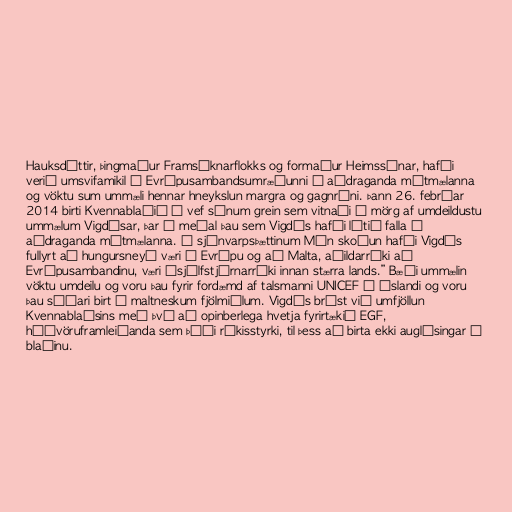
Hauksdóttir, þingmaður Framsóknarflokks og formaður Heimssýnar, hafði
verið umsvifamikil í Evrópusambandsumræðunni í aðdraganda mótmælanna
og vöktu sum ummæli hennar hneykslun margra og gagnrýni. Þann 26. febrúar
2014 birti Kvennablaðið á vef sínum grein sem vitnaði í mörg af umdeildustu
ummælum Vigdísar, þar á meðal þau sem Vigdís hafði látið falla í
aðdraganda mótmælanna. Í sjónvarpsþættinum Mín skoðun hafði Vigdís
fullyrt að hungursneyð væri í Evrópu og að Malta, aðildarríki að
Evrópusambandinu, væri „sjálfstjórnarríki innan stærra lands.” Bæði ummælin
vöktu umdeilu og voru þau fyrir fordæmd af talsmanni UNICEF á Íslandi og voru
þau síðari birt í maltneskum fjölmiðlum. Vigdís brást við umfjöllun
Kvennablaðsins með því að opinberlega hvetja fyrirtækið EGF,
húðvöruframleiðanda sem þáði ríkisstyrki, til þess að birta ekki auglýsingar í
blaðinu.